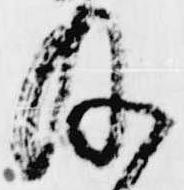
及